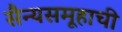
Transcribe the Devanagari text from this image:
सैन्यसमूहाची